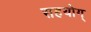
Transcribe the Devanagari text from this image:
सहयोग्